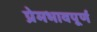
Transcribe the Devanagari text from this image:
प्रेमभावपूर्ण